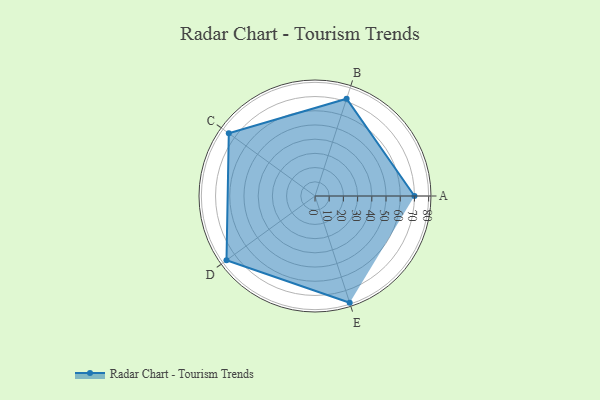
{"axis": {"x": "Skill", "y": "Score"}, "legend": ["Profile"], "data": [{"x": "A", "y": 70.0, "type": "Profile"}, {"x": "B", "y": 72.0, "type": "Profile"}, {"x": "C", "y": 75.0, "type": "Profile"}, {"x": "D", "y": 77.0, "type": "Profile"}, {"x": "E", "y": 79.0, "type": "Profile"}]}